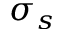
\sigma _ { s }